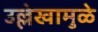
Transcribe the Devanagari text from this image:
उल्लेखामुळे